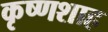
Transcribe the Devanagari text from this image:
कृष्णशाह